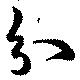
分